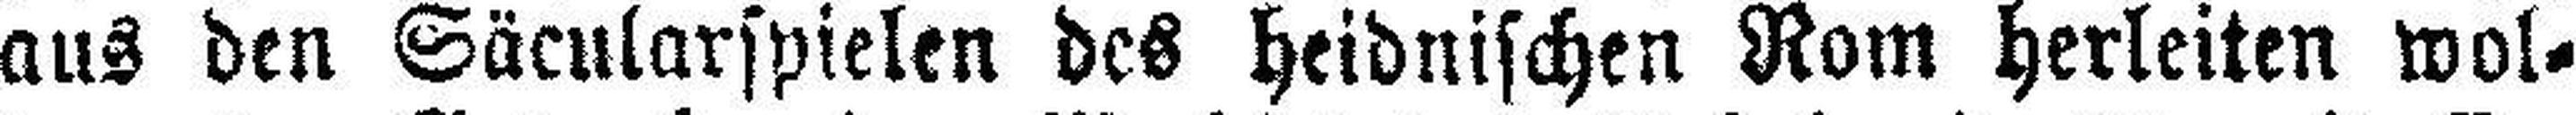
aus den Säcularspielen des heidnischen Rom herleiten wol¬